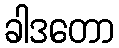
ခါဒတော